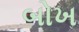
બોખ